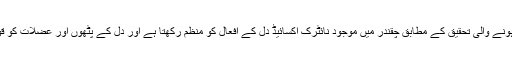
امریکا میں ہونے والی تحقیق کے مطابق چقندر میں موجود نائٹرک آکسائیڈ دل کے افعال کو منظم رکھتا ہے اور دل کے پٹھوں اور عضلات کو قوت دیتا ہے۔